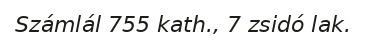
Számlál 755 kath., 7 zsidó lak.